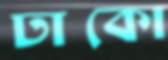
ঢাকো